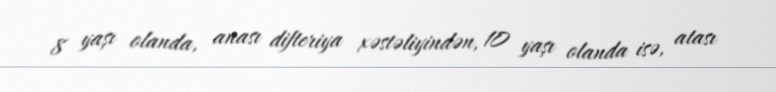
8 yaşı olanda, anası difteriya xəstəliyindən, 10 yaşı olanda isə, atası